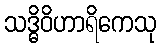
သဒ္ဓိဝိဟာရိကေသု